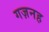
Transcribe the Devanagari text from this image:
गज़नह